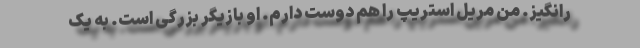
رانگیز. من مریل استریپ را هم دوست دارم. او بازیگر بزرگی است. به یک